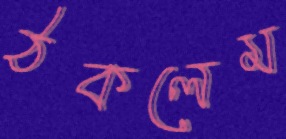
ঠকলেম